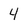
Character: 4